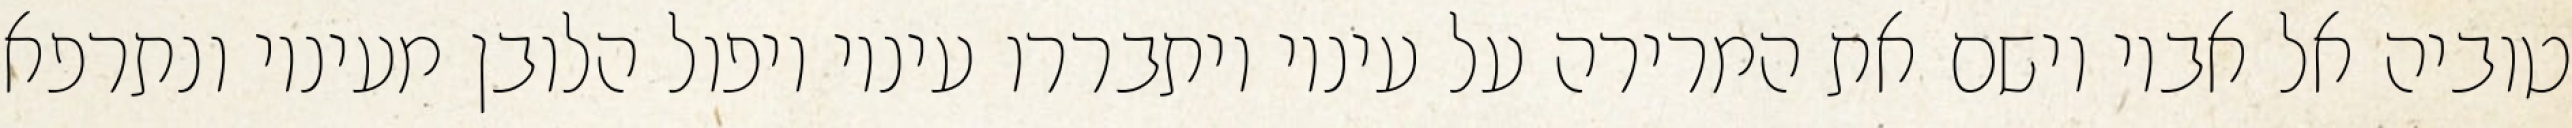
טוביה אל אביו וישם את המרירה על עיניו ויתבררו עיניו ויפול הלובן מעיניו ונתרפא